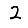
Digit: 2